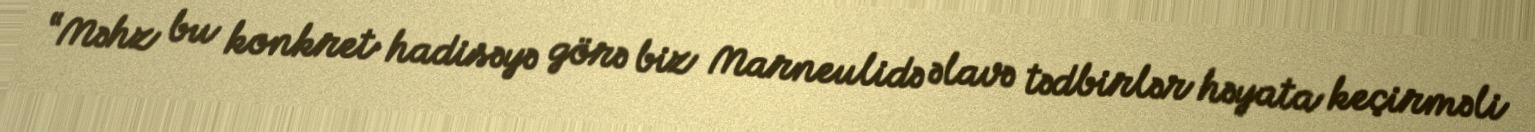
“Məhz bu konkret hadisəyə görə biz Marneulidə əlavə tədbirlər həyata keçirməli